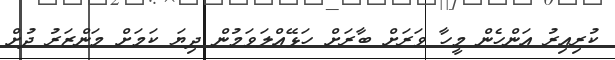
ކުރިއިރު އަންހެން މީހާ ވަރަށް ބާރަށް ހަޅޭއްލަވަމުން ދިޔަ ކަމަށް މަންޒަރު ދުށް